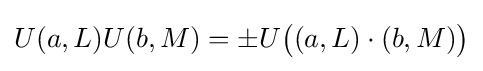
U(a,L)U(b,M)=\pm U{\big (}(a,L)\cdot (b,M){\big )}